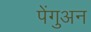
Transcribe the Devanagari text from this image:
पेंगुअन